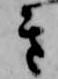
き